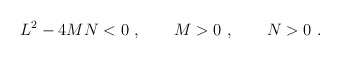
\begin{align*}L^2- 4MN<0 \ , \qquad M>0\ , \qquad N>0\ . \end{align*}